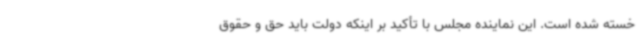
خسته شده است. این نماینده مجلس با تأکید بر اینکه دولت باید حق و حقوق